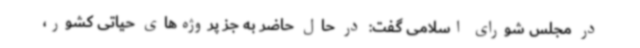
در مجلس شورای اسلامی گفت: در حال حاضر به جز پروژه‌های حیاتی کشور،